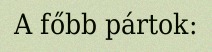
A főbb pártok: